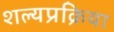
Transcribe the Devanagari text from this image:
शल्यप्रक्रिया